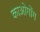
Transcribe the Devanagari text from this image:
काओगोंग